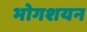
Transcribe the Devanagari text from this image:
भोगशयन